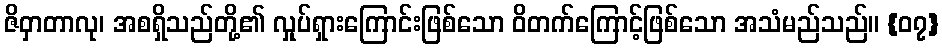
ဇိဝှာတာလု၊ အစရှိသည်တို့၏ လှုပ်ရှားကြောင်းဖြစ်သော ဝိတက်ကြောင့်ဖြစ်သော အသံမည်သည်။ {၀၇}